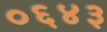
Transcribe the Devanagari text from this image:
०६४३